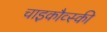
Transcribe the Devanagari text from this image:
चाइकौव्स्की